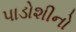
પાડોશીનો